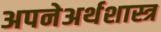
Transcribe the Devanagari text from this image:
अपनेअर्थशास्त्र